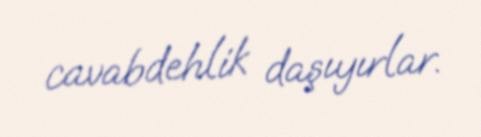
cavabdehlik daşıyırlar.